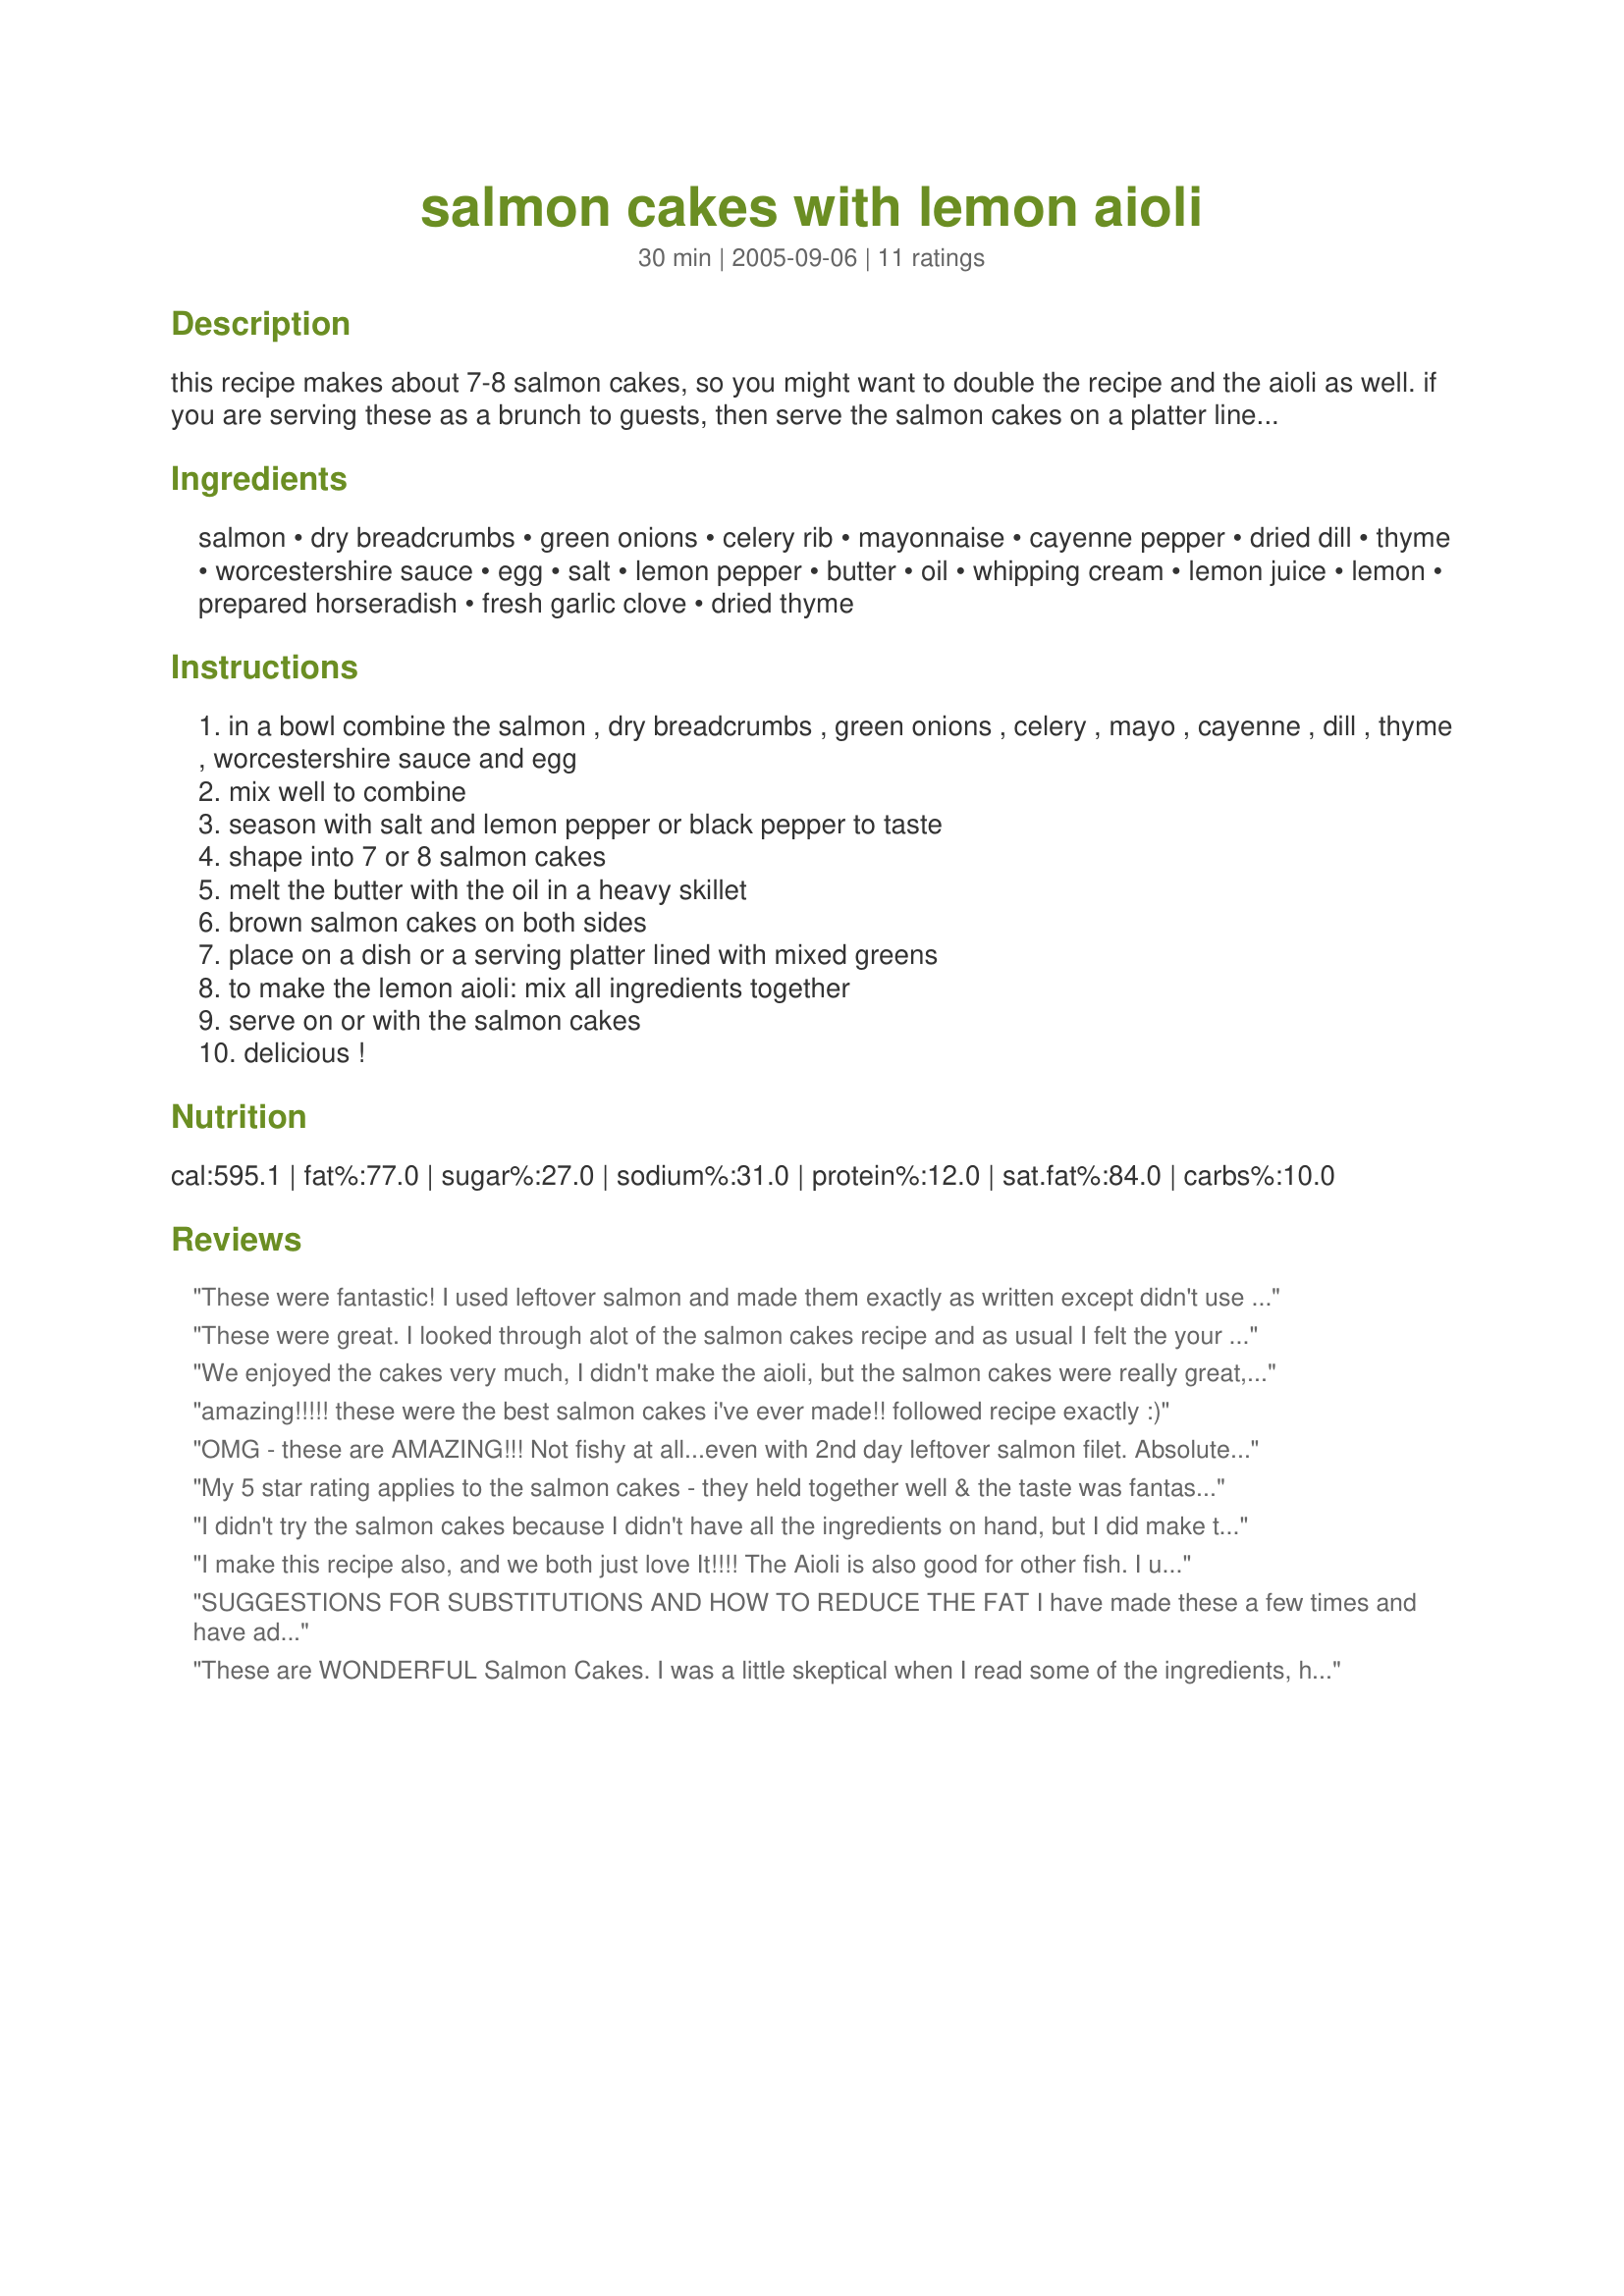
salmon cakes with lemon aioli
Preparation time: 30 minutes

this recipe makes about 7-8 salmon cakes, so you might want to double the recipe and the aioli as well. if you are serving these as a brunch to guests, then serve the salmon cakes on a platter lined with mixed greens and drizzled with the aioli on top or on the side, or just serve them on a plate...which ever way you choose to serve them they are delicious!

Ingredients:
salmon, dry breadcrumbs, green onions, celery rib, mayonnaise, cayenne pepper, dried dill, thyme, worcestershire sauce, egg, salt, lemon pepper, butter, oil, whipping cream, lemon juice, lemon, prepared horseradish, fresh garlic clove, dried thyme

Steps:
in a bowl combine the salmon , dry breadcrumbs , green onions , celery , mayo , cayenne , dill , thyme , worcestershire sauce and egg
mix well to combine
season with salt and lemon pepper or black pepper to taste
shape into 7 or 8 salmon cakes
melt the butter with the oil in a heavy skillet
brown salmon cakes on both sides
place on a dish or a serving platter lined with mixed greens
to make the lemon aioli: mix all ingredients together
serve on or with the salmon cakes
delicious !

Reviews:
These were fantastic! I used leftover salmon and made them exactly as written except didn't use the aioli. Instead roasted some red peppers and pureed them with a little onion, but am looking forward to trying your sauce next time. I will be making these again and again! Thank you!
These were great. I looked through alot of the salmon cakes recipe and as usual I felt the your recipe included the ingredients I liked. I served on a homemade burger bun (a Kittencal recipe of course!) with the aioli sauce and tomato. I added parsley to the patties as I had bought the parsley already. Thank you Kitten.
We enjoyed the cakes very much, I didn't make the aioli, but the salmon cakes were really great, I used leftover cooked grilled salmon, and the next time I make this, I will make it with the aioli, I can't wait to try it, as always a wonderful recipe Kitty! thank you.
amazing!!!!! these were the best salmon cakes i've ever made!! followed recipe exactly :)
OMG - these are AMAZING!!! Not fishy at all...even with 2nd day leftover salmon filet. Absolute hit with the whole fam...even uber picky 20m old LOVED it and ate her whole cake! So decadent we plan to do these again for x-mas brunch! Kudos to the chef!! =)
My 5 star rating applies to the salmon cakes - they held together well & the taste was fantastic! I poached a couple of salmon fillets & used roasted garlic mayo; I was heavy on the onions, light on the cayenne & included 1/2 tsp lemon pepper.
The amount of aioli seemed excessive for the number of cakes; I suggest scaling the quantities in half. It was quite a contrast to the fish but the flavour was too intense for us. 
I look forward to this dish again plain or with tartar sauce. Thanx Carol!
I didn't try the salmon cakes because I didn't have all the ingredients on hand, but I did make the aioli. It was delicious! Thanks for another great recipe.
I make this recipe also, and we both just love It!!!! The Aioli is also good for other fish. I use red onions rather than green onions and also Panko rather than the bread crumbs. So-o-o good! Thanks for posting this!
SUGGESTIONS FOR SUBSTITUTIONS AND HOW TO REDUCE THE FAT I have made these a few times and have adlibbed each time. I've substitued dried bread crumbs for a combo of fresh bread crumbs and crushed bran flakes or crushed vegetables crackers. I have also used firm tofu when I didn't have enough salmon. I used left over salmon teriyaki which adds a wonderful flavour as well. I prefer fresh herbs and add twice the amount when using fresh herbs instead of dry. I added a bit of lemon zest as I didn't have lemon pepper which was very nice as well. If you use a non-stick pan you don't need any butter which will cut the fat in half. Use low fat mayo and the fat is further reduced without compromising flavour. There's lots you can do to adlib but you MUST have the lemon aioli with these salmon cakes. This is what makes this recipe SPECTACULAR.
These are WONDERFUL Salmon Cakes. I was a little skeptical when I read some of the ingredients, however I did follow the recipe, but cut back on the dill in the cakes, and left out the horseradish in the aioli. So delicious... I can't wait to make them again. My husband loved them too.
I enjoyed the flavors in these patties and enjoyed the sauce too! I decreased the amount of dill to 1/2 tsp.(personal preference). Thanks!
